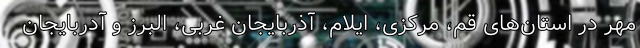
مهر در استان‌های قم، مرکزی، ایلام، آذربایجان غربی، البرز و آدربایجان